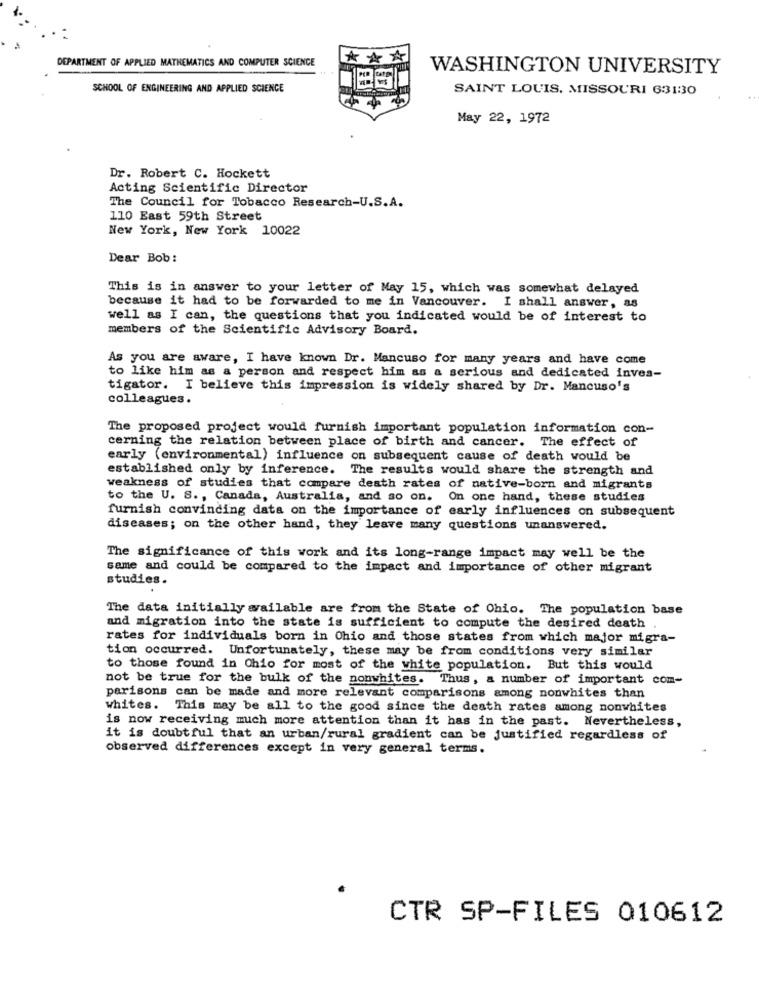
DEPARTMENT OF APPLIED MATHEMATICS AND COMPUTER SCIENCE
***
WASHINGTON UNIVERSITY
SCHOOL OF ENGINEERING AND APPLIED SCIENCE
SAINT LOUIS, MISSOURI 631:30
May 22, 1972
Dr. Robert C. Hockett
Acting Scientific Director
The Council for Tobacco Research-U.S.A.
110 East 59th Street
New York, New York 10022
Dear Bob:
This is in answer to your letter of May 15, which was somewhat delayed
because it had to be forwarded to me in Vancouver. I shall answer, as
well as I can, the questions that you indicated would be of interest to
members of the Scientific Advisory Board.
As you are aware, I have known Dr. Mancuso for many years and have come
to like him as a person and respect him as a serious and dedicated inves-
tigator. I believe this impression is widely shared by Dr. Mancuso's
colleagues.
The proposed project would furnish important population information con-
cerning the relation between place of birth and cancer. The effect of
early (environmental) influence on subsequent cause of death would be
established only by inference. The results would share the strength and
weakness of studies that compare death rates of native-born and migrants
to the U. S ., Canada, Australia, and so on. On one hand, these studies
furnish convincing data on the importance of early influences on subsequent
diseases; on the other hand, they leave many questions unanswered.
The significance of this work and its long-range impact may well be the
same and could be compared to the impact and importance of other migrant
studies.
The data initially available are from the State of Ohio. The population base
and migration into the state is sufficient to compute the desired death
rates for individuals born in Ohio and those states from which major migra-
tion occurred. Unfortunately, these may be from conditions very similar
to those found in Chio for most of the white population. But this would
not be true for the bulk of the nonwhites. Thus, a number of important com-
parisons can be made and more relevant comparisons among nonwhites than
whites. This may be all to the good since the death rates among nonwhites
is now receiving much more attention than it has in the past. Nevertheless,
it is doubtful that an urban/rural gradient can be justified regardless of
observed differences except in very general terms.
CTR SP-FILES 010612